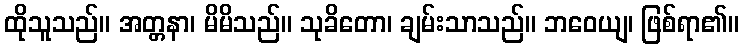
ထိုသူသည်။ အတ္တနာ၊ မိမိသည်။ သုခိတော၊ ချမ်းသာသည်။ ဘဝေယျ၊ ဖြစ်ရာ၏။